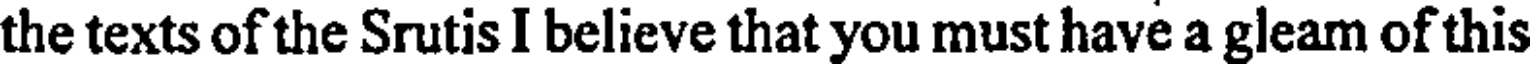
the texts of the Srutis I believe that you must have a gleam of this